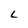
Character: L